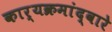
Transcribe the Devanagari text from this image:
कार्यक्रमांद्वारे